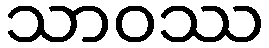
သာဝဿ